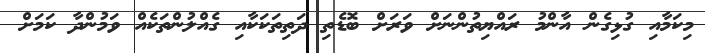
މިކަމާއި ގުޅިގެން އާންމު ރައްޔިތުންނަށް ވަރަށް ބޮޑެތި ދަތިތަކަކާއި ގެއްލުންތަކެއް ވަމުންދާ ކަމަށް